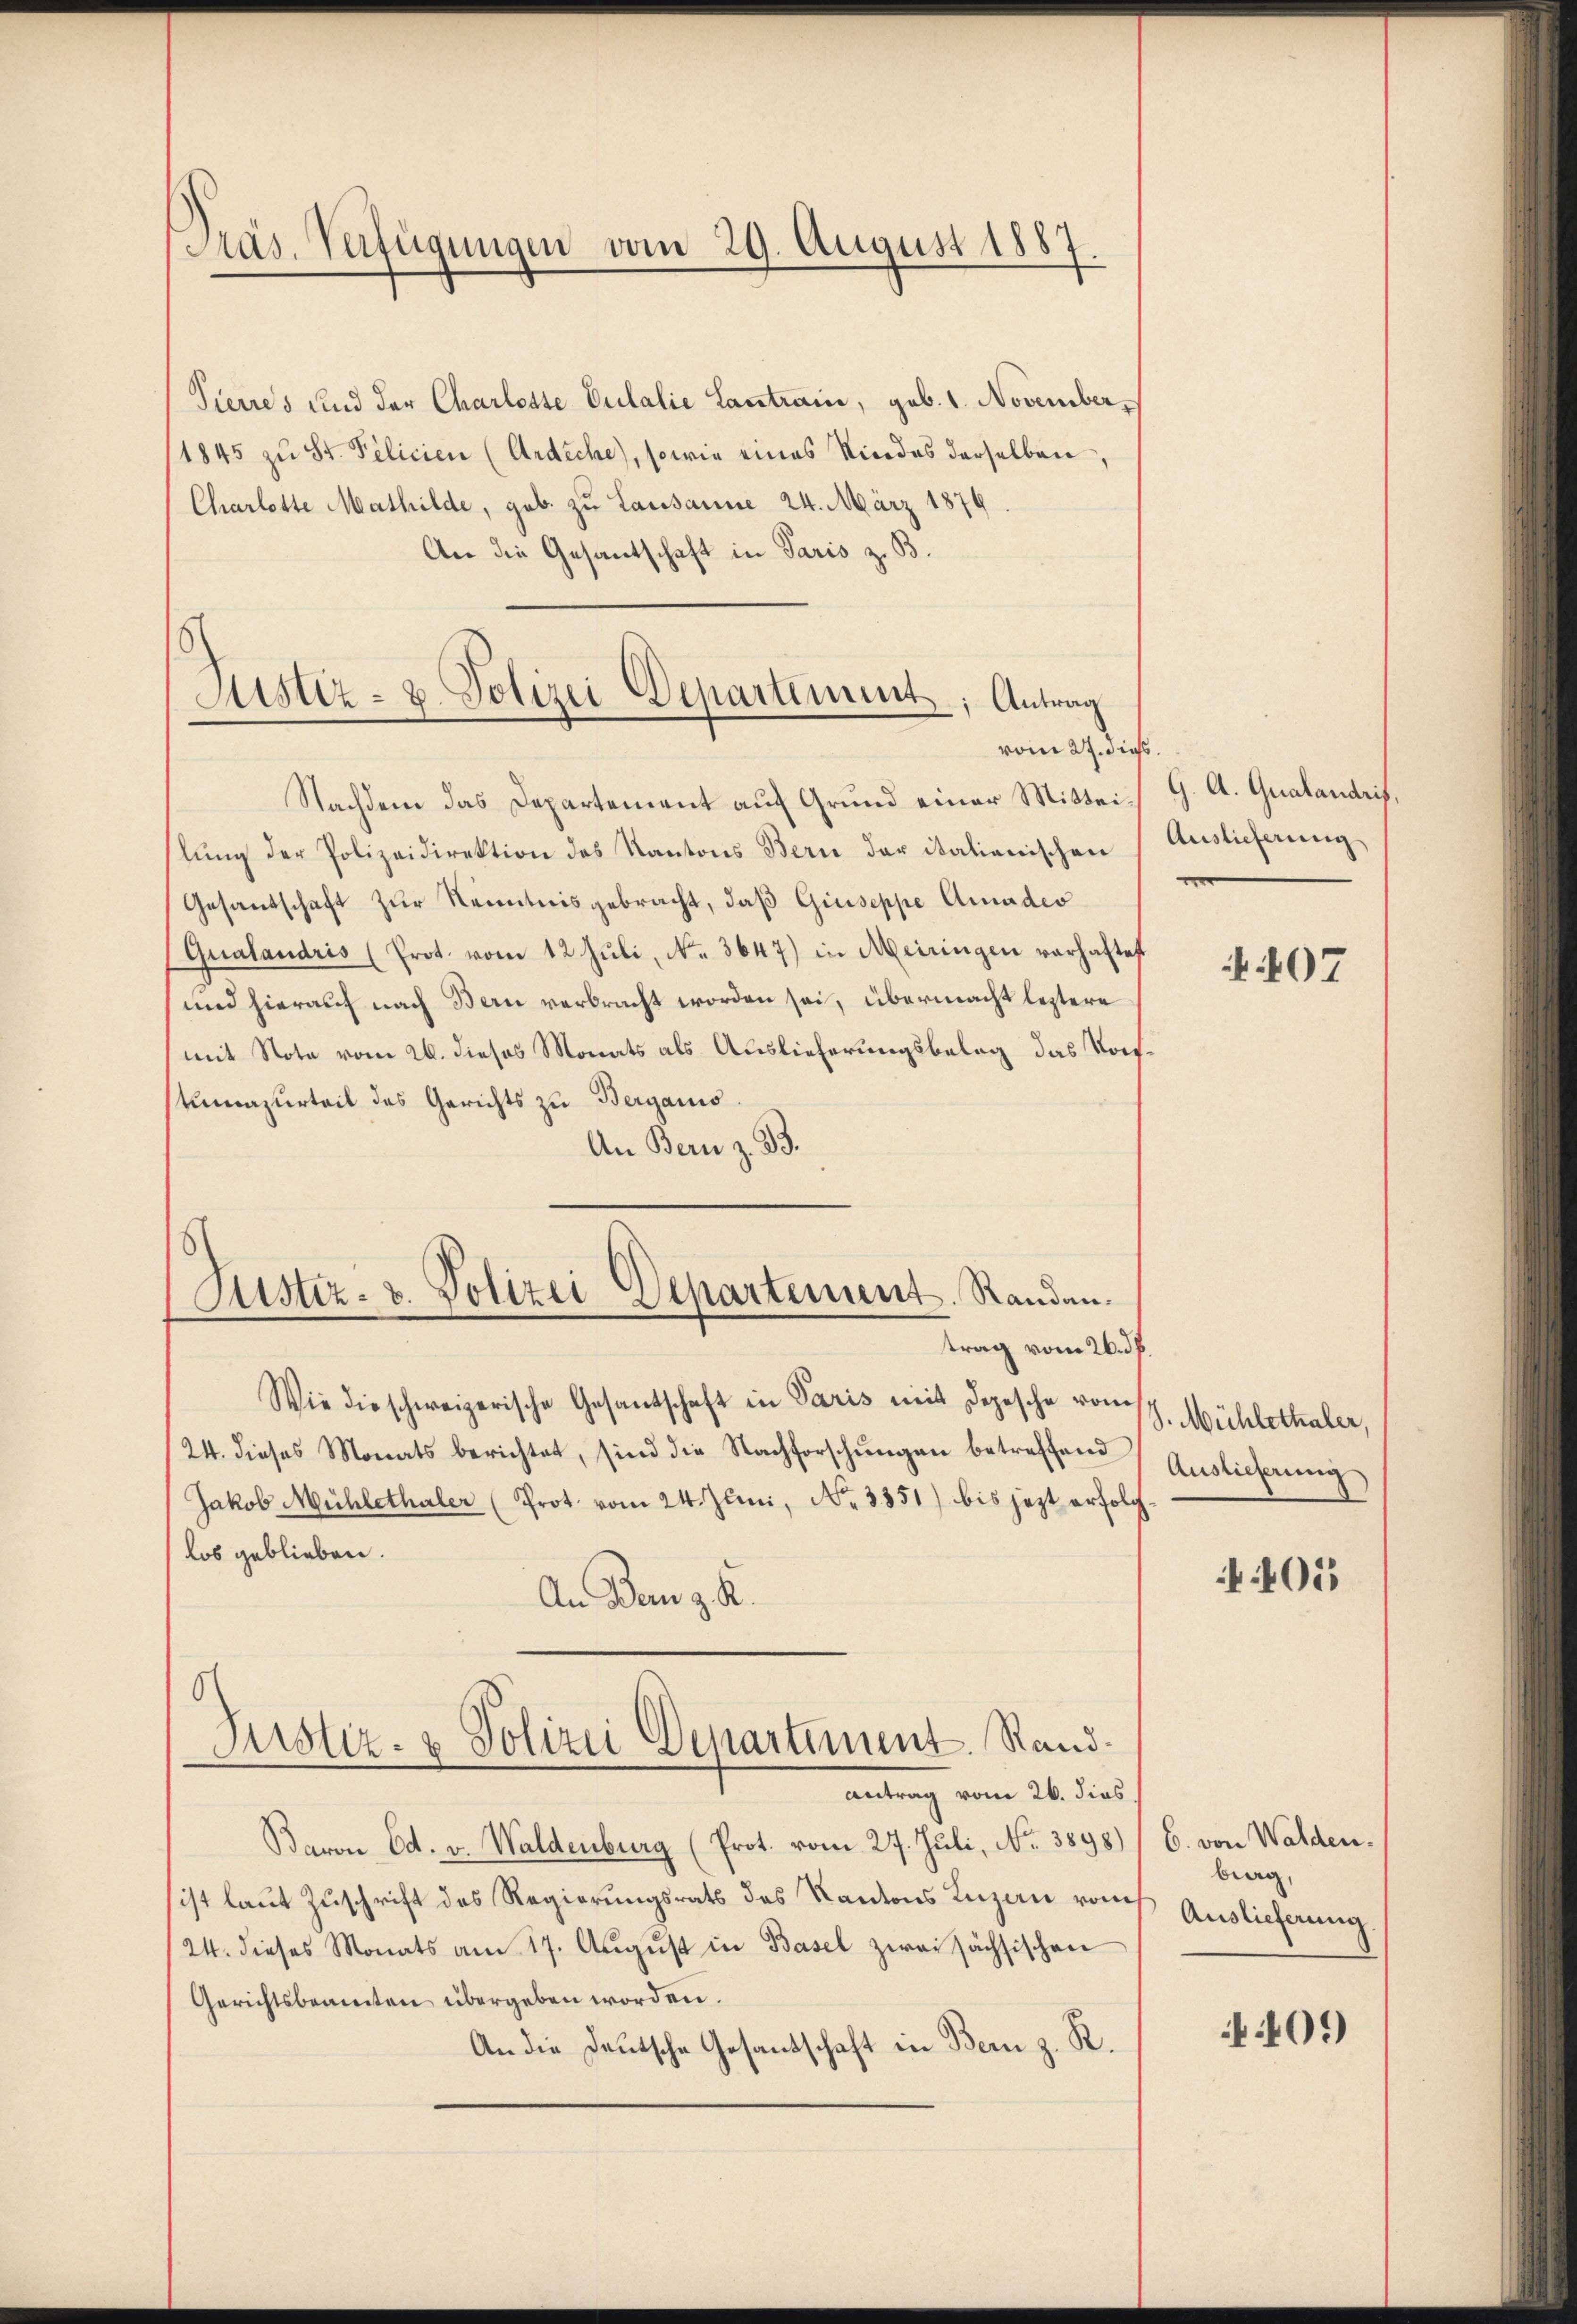
Präs. Verfügungen vom 29. August 1887.

Pierres und der Charlotte Dulalie Lantrain, geb. 1. November,
1845 zŭ St. Pelicien (Ardiche, sowie eines Niedes derselben,
Charlotte Mathilde, geb. zu Lausanne 24. März 1876
An die Gesantschaft in Paris z. B.
)

Justiz- & Polizei Departement; Antrag
vom 27. diess.

Nachdem das Departement auf Grund einer Mitteilŭng der Polizeidirektion des Kantons Bern der italienischen
Gesandschaft zŭr Kenntnis gebracht, daβ Giuseppe Amadeo
Qualandris (Prot. vom 12. Jŭli, No. 3647) in Meiringen verhaftet
und hierauf nach Bern verbracht worden sei, übermacht leztere
mit Note vom 26. dieses Monats als Auslieferungsbelag das Vors
tumazurteil des Gerichts zu Berganis
An Bern z. B.
trag vom 26. ds.
Wie die schweizerische Gesantschaft in Paris mit Depesche vom
24. dieses Monats berichtet, sind die Nachforschŭngen betreffend
Jakob Mühlethaler (Prot. vom 24. Juni, No. 3351) bis jezt erfolg
los geblieben.
An Dem z. K.
6
Justiz- & Polizei Departement. Rand¬
Antrag vom 26. dies
Baron Ed. v. Waldenburg (Prot. vom 27. Juli, No. 3898)
sist laut Zuschrift des Regierungsrats des Kantons Luzau rauch
24. dieses Monats am 17. Aŭgŭst in Basel zwei sächsischen
Gerichtsbeamten übergeben worden.
An die Deutsche Gesantschaft in Bern z. R.

s
Kister- u. Polizei Departement. Randan¬

G. A. Qualandrif,
Auslieferung

407

J. Mühlethaler,
Auslieferung

401

6. von Walden.
berg,
Auslieferung

409